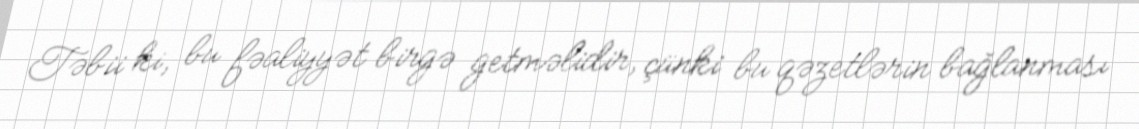
Təbii ki, bu fəaliyyət birgə getməlidir, çünki bu qəzetlərin bağlanması